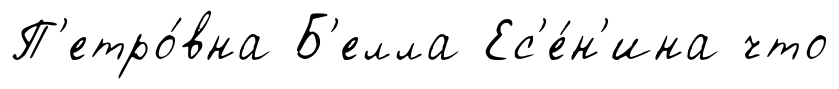
П'етро́вна Б'елла Ес'е́н'ина что